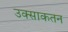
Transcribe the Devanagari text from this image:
उक्साकतन